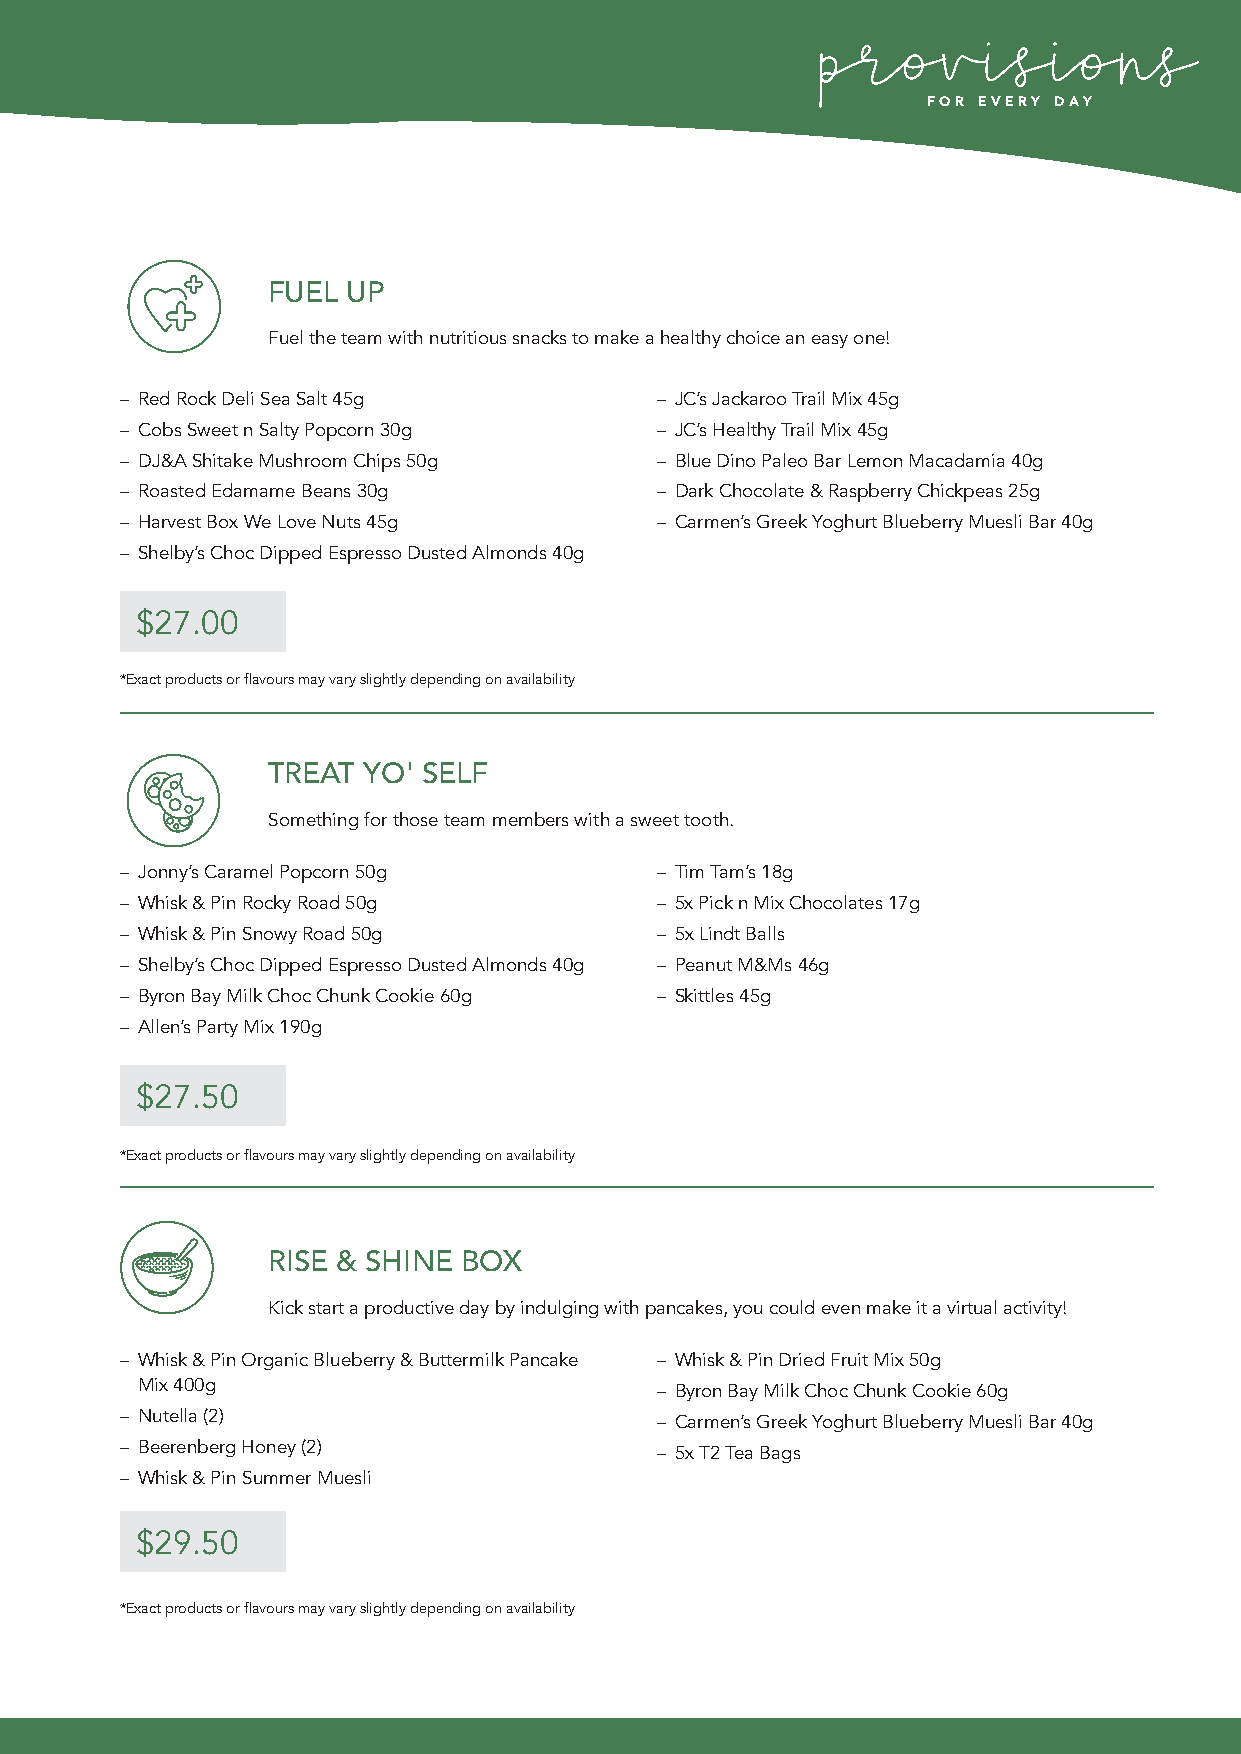
FOR EVERY DAY
 FUEL UP
 Fuel the team with nutritious snacks to make a healthy choice an easy one!
 – Red Rock Deli Sea Salt 45g       – JC’s Jackaroo Trail Mix 45g
 – Cobs Sweet n Salty Popcorn 30g   – JC’s Healthy Trail Mix 45g
 – DJ&A Shitake Mushroom Chips 50g  – Blue Dino Paleo Bar Lemon Macadamia 40g
 – Roasted Edamame Beans 30g        – Dark Chocolate & Raspberry Chickpeas 25g
 – Harvest Box We Love Nuts 45g     – Carmen’s Greek Yoghurt Blueberry Muesli Bar 40g
 – Shelby’s Choc Dipped Espresso Dusted Almonds 40g
 $27.00
 *Exact products or flavours may vary slightly depending on availability
 TREAT YO' SELF
 Something for those team members with a sweet tooth.
 – Jonny’s Caramel Popcorn 50g      – Tim Tam’s 18g
 – Whisk & Pin Rocky Road 50g       – 5x Pick n Mix Chocolates 17g
 – Whisk & Pin Snowy Road 50g       – 5x Lindt Balls
 – Shelby’s Choc Dipped Espresso Dusted Almonds 40g – Peanut M&Ms 46g
 – Byron Bay Milk Choc Chunk Cookie 60g – Skittles 45g
 – Allen’s Party Mix 190g
 $27.50
 *Exact products or flavours may vary slightly depending on availability
 RISE & SHINE BOX
 Kick start a productive day by indulging with pancakes, you could even make it a virtual activity!
 – Whisk & Pin Organic Blueberry & Buttermilk Pancake – Whisk & Pin Dried Fruit Mix 50g
 Mix 400g                          – Byron Bay Milk Choc Chunk Cookie 60g
 – Nutella (2)                      – Carmen’s Greek Yoghurt Blueberry Muesli Bar 40g
 – Beerenberg Honey (2)             – 5x T2 Tea Bags
 – Whisk & Pin Summer Muesli
 $29.50
 *Exact products or flavours may vary slightly depending on availability